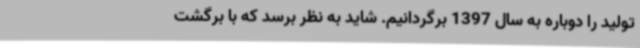
تولید را دوباره به سال 1397 برگردانیم. شاید به نظر برسد که با برگشت